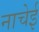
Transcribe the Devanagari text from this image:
नाचेई